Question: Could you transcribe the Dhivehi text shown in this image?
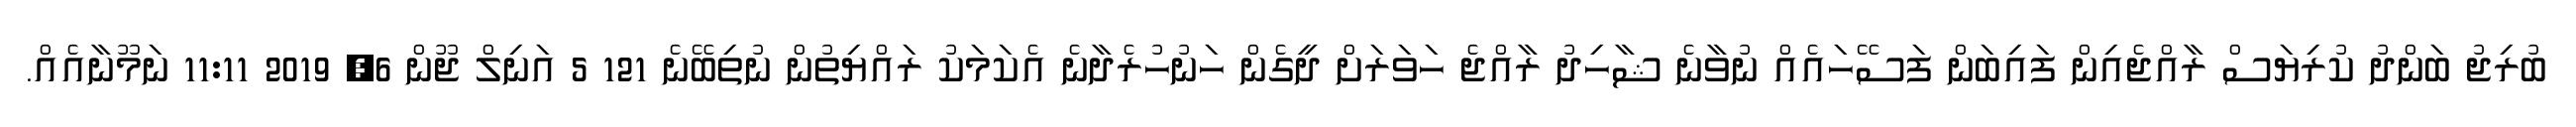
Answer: ބުރިޖު ބަންދު ކުރިޔަސް ރާއްޖެއިން ފައިބަން ފަސޭހައެއް ނުވާނެ ޝާހިދު ރާއްޖެ ހަވަރަށް ދީގެން ހަނުހުރެދާނެ އެކަމަކު ރައްޔިތުން ނުތިބޭނެ 121 5 އަނިލް ޖޫން 6, 2019 11:11 ނަމޫނާއެއް.